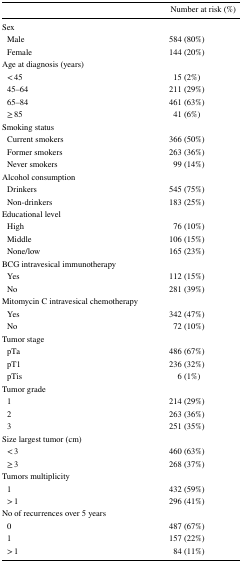
<table><thead><tr><td></td><td><b> Number at risk (%)</b></td></tr></thead><tbody><tr><td colspan="2">Sex</td></tr><tr><td> Male</td><td>584 (80%)</td></tr><tr><td> Female</td><td>144 (20%)</td></tr><tr><td colspan="2">Age at diagnosis (years)</td></tr><tr><td> &lt; 45</td><td>15 (2%)</td></tr><tr><td> 45–64</td><td>211 (29%)</td></tr><tr><td> 65–84</td><td>461 (63%)</td></tr><tr><td> ≥ 85</td><td>41 (6%)</td></tr><tr><td colspan="2">Smoking status</td></tr><tr><td> Current smokers</td><td>366 (50%)</td></tr><tr><td> Former smokers</td><td>263 (36%)</td></tr><tr><td> Never smokers</td><td>99 (14%)</td></tr><tr><td colspan="2">Alcohol consumption</td></tr><tr><td> Drinkers</td><td>545 (75%)</td></tr><tr><td> Non-drinkers</td><td>183 (25%)</td></tr><tr><td colspan="2">Educational level</td></tr><tr><td> High</td><td>76 (10%)</td></tr><tr><td> Middle</td><td>106 (15%)</td></tr><tr><td> None/low</td><td>165 (23%)</td></tr><tr><td colspan="2">BCG intravesical immunotherapy</td></tr><tr><td> Yes</td><td>112 (15%)</td></tr><tr><td> No</td><td>281 (39%)</td></tr><tr><td colspan="2">Mitomycin C intravesical chemotherapy</td></tr><tr><td> Yes</td><td>342 (47%)</td></tr><tr><td> No</td><td>72 (10%)</td></tr><tr><td colspan="2">Tumor stage</td></tr><tr><td> pTa</td><td>486 (67%)</td></tr><tr><td> pT1</td><td>236 (32%)</td></tr><tr><td> pTis</td><td>6 (1%)</td></tr><tr><td colspan="2">Tumor grade</td></tr><tr><td> 1</td><td>214 (29%)</td></tr><tr><td> 2</td><td>263 (36%)</td></tr><tr><td> 3</td><td>251 (35%)</td></tr><tr><td colspan="2">Size largest tumor (cm)</td></tr><tr><td> &lt; 3</td><td>460 (63%)</td></tr><tr><td> ≥ 3</td><td>268 (37%)</td></tr><tr><td colspan="2">Tumors multiplicity</td></tr><tr><td> 1</td><td>432 (59%)</td></tr><tr><td> &gt; 1</td><td>296 (41%)</td></tr><tr><td colspan="2">No of recurrences over 5 years</td></tr><tr><td> 0</td><td>487 (67%)</td></tr><tr><td> 1</td><td>157 (22%)</td></tr><tr><td> &gt; 1</td><td>84 (11%)</td></tr></tbody></table>